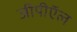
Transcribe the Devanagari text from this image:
जीपीऍल